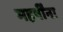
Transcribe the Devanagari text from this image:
महर्षींना